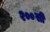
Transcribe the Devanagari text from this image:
२००सी